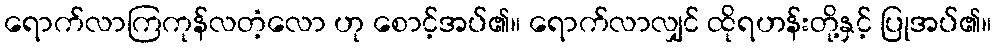
ရောက်လာကြကုန်လတံ့လော ဟု စောင့်အပ်၏။ ရောက်လာလျှင် ထိုရဟန်းတို့နှင့် ပြုအပ်၏။